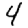
Digit: 4